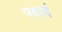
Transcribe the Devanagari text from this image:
पढार्इ